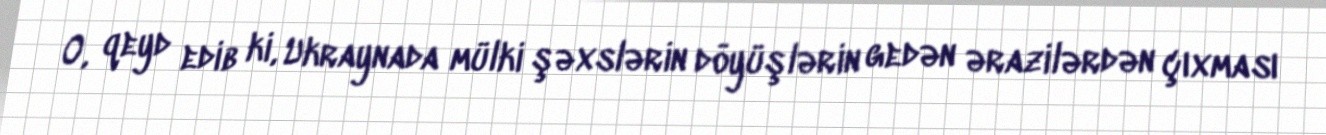
O, qeyd edib ki, Ukraynada mülki şəxslərin döyüşlərin gedən ərazilərdən çıxması